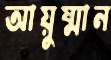
আয়ুষ্মান